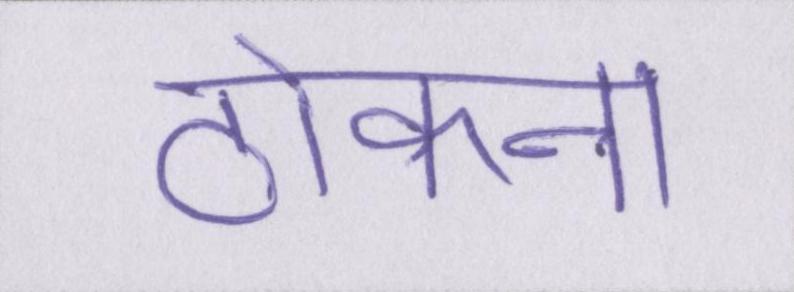
ठोकना